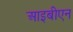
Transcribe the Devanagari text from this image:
आइबीएन